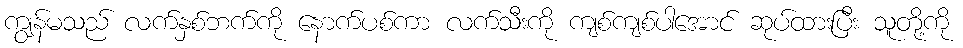
ကျွန်မသည် လက်နှစ်ဘက်ကို နောက်ပစ်ကာ လက်သီးကို ကျစ်ကျစ်ပါအောင် ဆုပ်ထားပြီး သူတို့ကို